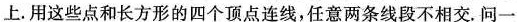
上。用这些点和长方形的四个顶点连线，任意两条线段不相交。问一